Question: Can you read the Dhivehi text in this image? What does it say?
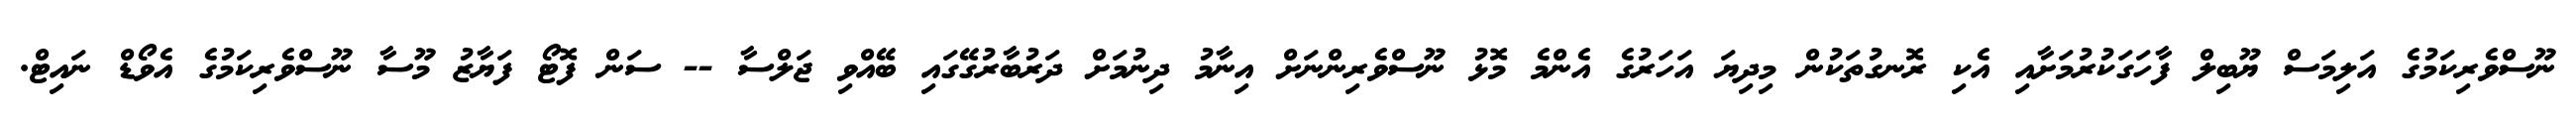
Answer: ނޫސްވެރިކަމުގެ އަލިމަސް ޔޫބިލް ފާހަގަކުރުމަށާއި އެކި ރޮނގުތަކުން މިދިޔަ އަހަރުގެ އެންމެ މޮޅު ނޫސްވެރިންނަށް އިނާމު ދިނުމަށް ދަރުބާރުގޭގައި ބޭއްވި ޖަލްސާ -- ސަން ފޮޓޯ ފަޔާޒު މޫސާ ނޫސްވެރިކަމުގެ އެވޯޑް ނައިޓް.